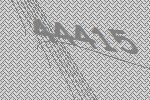
44415